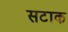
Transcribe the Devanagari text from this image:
सटाक